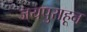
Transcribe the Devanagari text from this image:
जयपुराहून